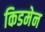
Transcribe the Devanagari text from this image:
किडमेन